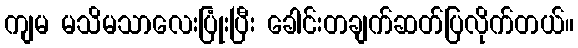
ကျမ မသိမသာလေးပြုံးပြီး ခေါင်းတချက်ဆတ်ပြလိုက်တယ်။